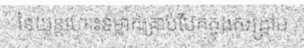
នៃយន្តហោះទម្លាក់គ្រាប់បែកក្នុងសង្គ្រាម